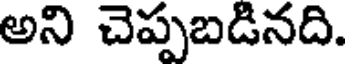
అని చెప్పబడినది.